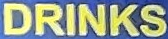
DRINKS